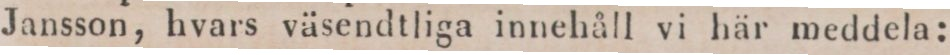
Jansson, hvars väsendtliga innehåll vi här meddela: